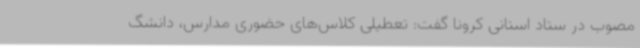
مصوب در ستاد استانی کرونا گفت: تعطیلی کلاس‌های حضوری مدارس، دانشگ